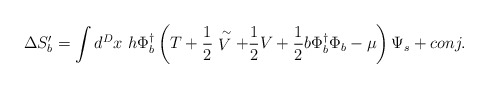
\begin{align*}\Delta S_b^\prime = \int d^D x~h \Phi_b^{\dagger} \left( T + \frac{1}{2}\stackrel{\sim}{V} + \frac{1}{2} V + \frac{1}{2} b \Phi_b^{\dagger} \Phi_b - \mu \right)\Psi_s + conj.\end{align*}